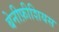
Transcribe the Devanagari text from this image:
बेनीफ़ीशियस